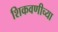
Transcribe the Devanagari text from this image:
शिकवणीच्या